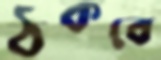
ঠকবে